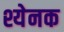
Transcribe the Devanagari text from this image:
श्येनक